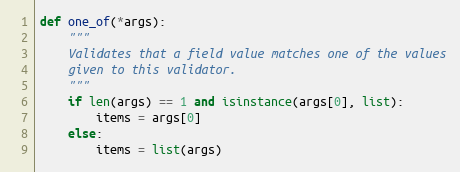
Language: Python
def one_of(*args):
    """
    Validates that a field value matches one of the values
    given to this validator.
    """
    if len(args) == 1 and isinstance(args[0], list):
        items = args[0]
    else:
        items = list(args)